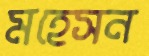
মহেসন